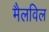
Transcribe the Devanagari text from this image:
मैलविल